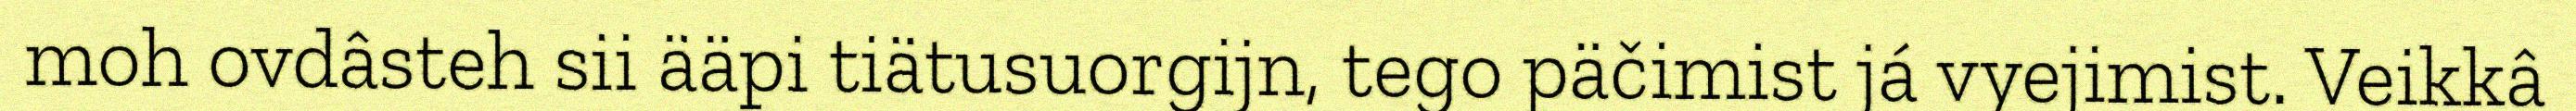
moh ovdâsteh sii ääpi tiätusuorgijn, tego päčimist já vyejimist. Veikkâ